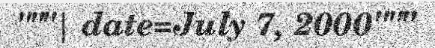
"""| date=July 7, 2000"""